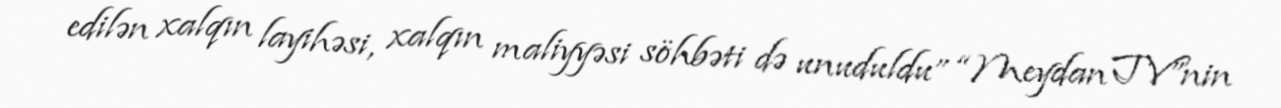
edilən xalqın layihəsi, xalqın maliyyəsi söhbəti də unuduldu” “Meydan TV”nin